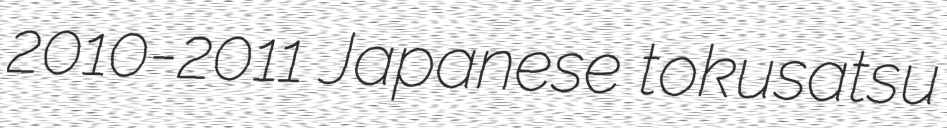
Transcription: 2010-2011 Japanese tokusatsu